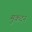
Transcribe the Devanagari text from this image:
मुकदन